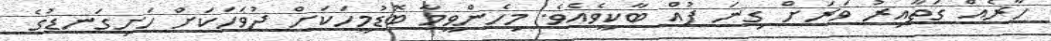
ހާރެއް ގަތާއިރު ވަރަށް ގިނަ ފުއް ބާކީވެއެވެ. މިހެންވީމާ ބޮޑުމީހަކަށް ދުވަހަކަށް ހަށިގަނޑުގެ